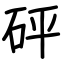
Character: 砰